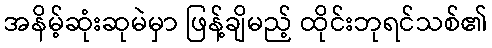
အနိမ့်ဆုံးဆုမဲမှာ ဖြန့်ချိမည့် ထိုင်းဘုရင်သစ်၏